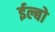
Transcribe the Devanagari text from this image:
ईल्बो